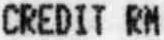
CREDIT RM